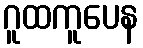
ဂူထကူပေန